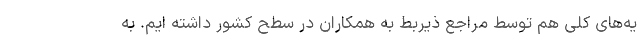
یه‌های کلی هم توسط مراجع ذیربط به همکاران در سطح کشور داشته ایم. به